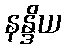
နန္ဒိယ